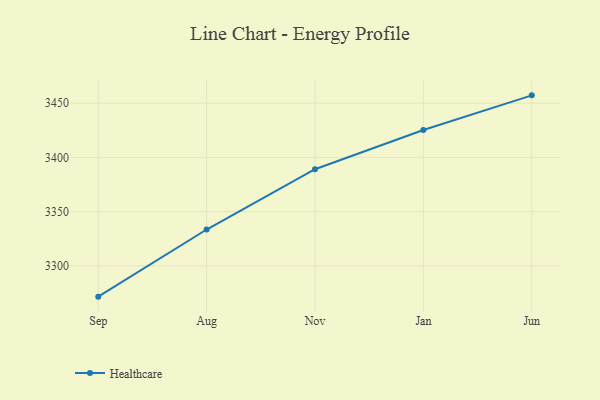
{"axis": {"x": "Month", "y": "Tickets Resolved"}, "legend": ["Healthcare"], "data": [{"x": "Sep", "y": 3271.6, "type": "Healthcare"}, {"x": "Aug", "y": 3333.5, "type": "Healthcare"}, {"x": "Nov", "y": 3389.1, "type": "Healthcare"}, {"x": "Jan", "y": 3425.2, "type": "Healthcare"}, {"x": "Jun", "y": 3457.2, "type": "Healthcare"}]}